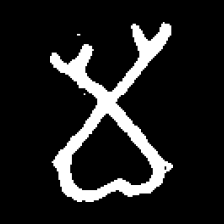
Pyu character \u2014 Myanmar letter: မ (romanized: ma)